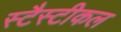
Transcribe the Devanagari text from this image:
स्टैस्टीकल